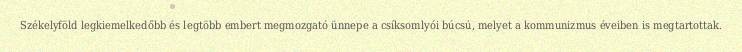
Székelyföld legkiemelkedőbb és legtöbb embert megmozgató ünnepe a csíksomlyói búcsú, melyet a kommunizmus éveiben is megtartottak.